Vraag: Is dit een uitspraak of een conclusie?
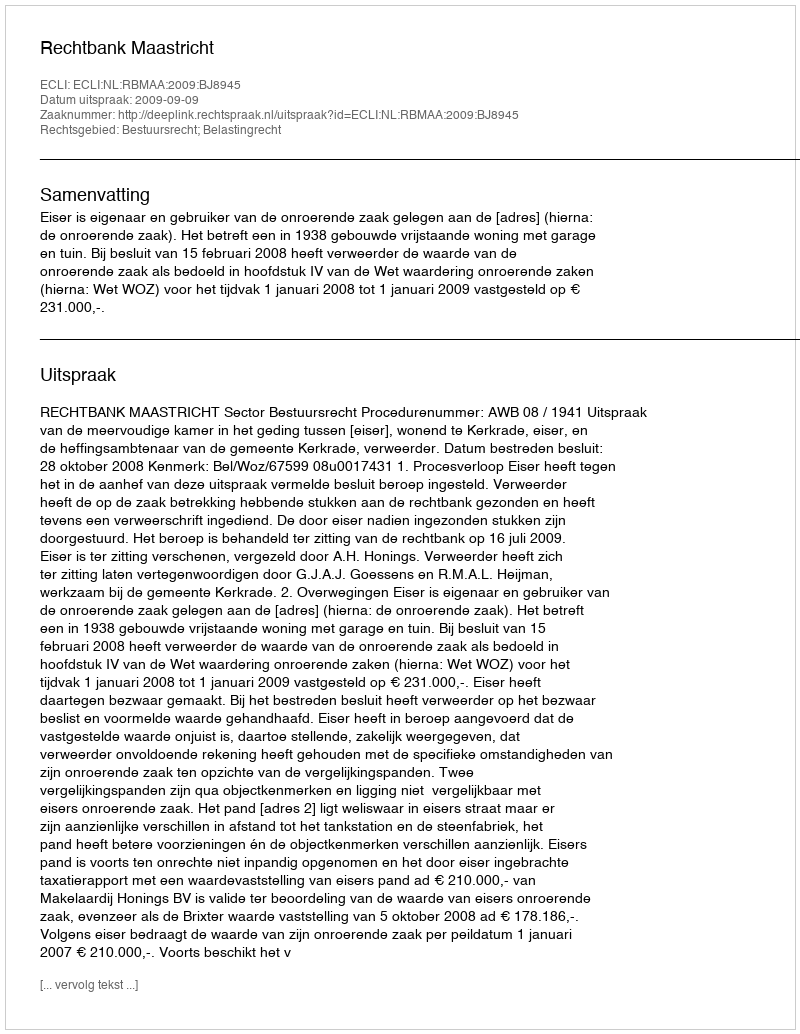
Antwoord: Uitspraak